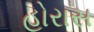
હોરાસ